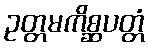
ဥတ္တမကိစ္ဆပတ္တံ